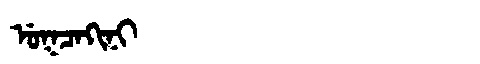
Manchu: ᡠᡴᠴᠠᡴᡳᠨᡳ
Romanization: UKCAKINI